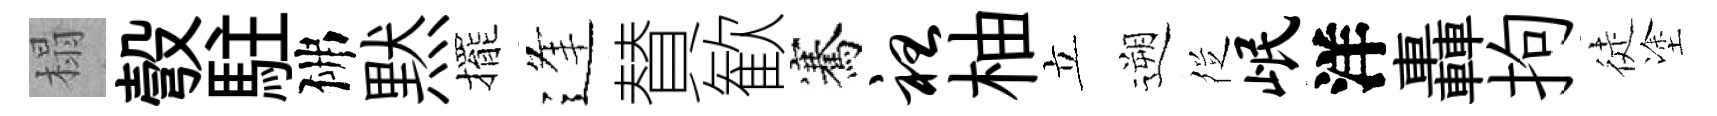
榻彀駐佛黙擺逢賛歓騫袒柚立遡徔岷洋轟拘徒塗